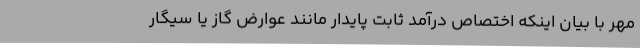
مهر با بیان اینکه اختصاص درآمد ثابت پایدار مانند عوارض گاز یا سیگار